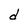
Character: d